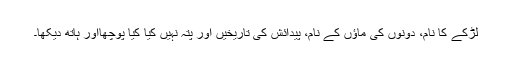
لڑکے کا نام، دونوں کی ماؤں کے نام، پیدائش کی تاریخیں اور پتہ نہیں کیا کیا پوچھااور ہاتھ دیکھا۔